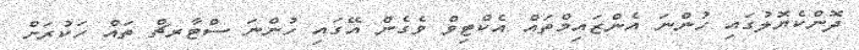
ދޮންކެޔޮލުގައި ހުންނަ އެންޒައިމްތައް އެކްޓިވް ވެގެން އޭގައި ހުންނަ ސްޓާރޗް ތައް ހަކުރަށް